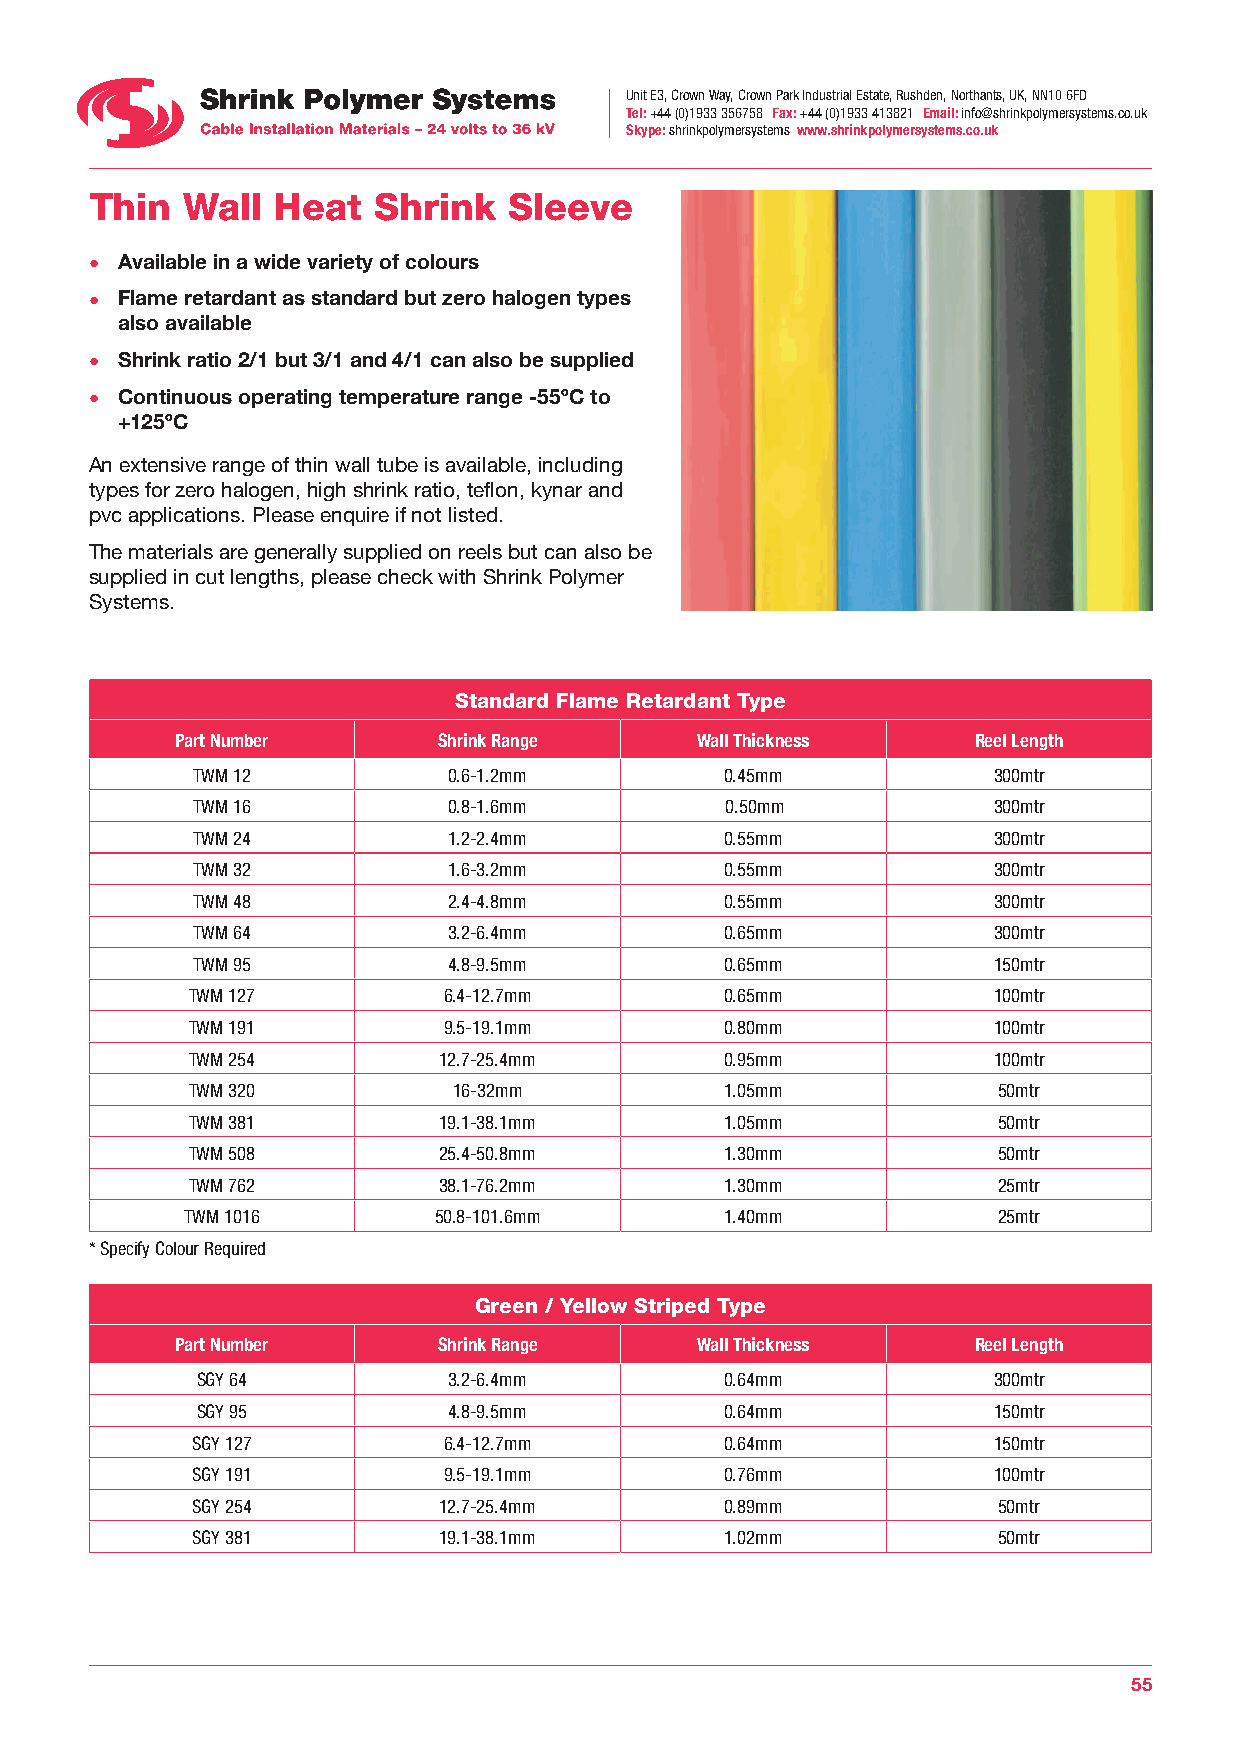
Unit E3, Crown Way, Crown Park Industrial Estate, Rushden, Northants, UK, NN10 6FD
 Tel: +44 (0)1933 356758 Fax: +44 (0)1933 413821 Email: info@shrinkpolymersystems.co.uk
 Skype: shrinkpolymersystems www.shrinkpolymersystems.co.uk
 Thin  Wall  Heat   Shrink   Sleeve
 • Available in a wide variety of colours
 • Flame retardant as standard but zero halogen types
 also available
 • Shrink ratio 2/1 but 3/1 and 4/1 can also be supplied
 • Continuous operating temperature range -55ºC to
 +125ºC
 An extensive range of thin wall tube is available, including
 types for zero halogen, high shrink ratio, teflon, kynar and
 pvc applications. Please enquire if not listed.
 The materials are generally supplied on reels but can also be
 supplied in cut lengths, please check with Shrink Polymer
 Systems.
 Standard Flame Retardant Type
 Part Number      Shrink Range     Wall Thickness     Reel Length
 TWM 12           0.6-1.2mm         0.45mm            300mtr
 TWM 16           0.8-1.6mm         0.50mm            300mtr
 TWM 24           1.2-2.4mm         0.55mm            300mtr
 TWM 32           1.6-3.2mm         0.55mm            300mtr
 TWM 48           2.4-4.8mm         0.55mm            300mtr
 TWM 64           3.2-6.4mm         0.65mm            300mtr
 TWM 95           4.8-9.5mm         0.65mm            150mtr
 TWM 127          6.4-12.7mm         0.65mm            100mtr
 TWM 191          9.5-19.1mm         0.80mm            100mtr
 TWM 254          12.7-25.4mm        0.95mm            100mtr
 TWM 320           16-32mm           1.05mm            50mtr
 TWM 381          19.1-38.1mm        1.05mm            50mtr
 TWM 508          25.4-50.8mm        1.30mm            50mtr
 TWM 762          38.1-76.2mm        1.30mm            25mtr
 TWM 1016         50.8-101.6mm       1.40mm            25mtr
 * Specify Colour Required
 Green / Yellow Striped Type
 Part Number      Shrink Range     Wall Thickness     Reel Length
 SGY 64           3.2-6.4mm         0.64mm            300mtr
 SGY 95           4.8-9.5mm         0.64mm            150mtr
 SGY 127         6.4-12.7mm         0.64mm            150mtr
 SGY 191         9.5-19.1mm         0.76mm            100mtr
 SGY 254         12.7-25.4mm        0.89mm            50mtr
 SGY 381         19.1-38.1mm        1.02mm            50mtr
 55